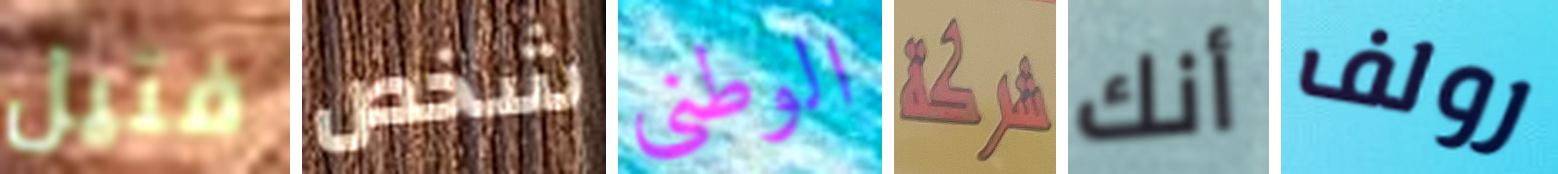
فتيل شخص الوطنى شركة أنك رولف